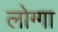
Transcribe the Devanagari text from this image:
लोग्गा